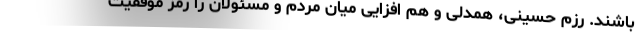
باشند. رزم حسینی، همدلی و هم افزایی میان مردم و مسئولان را رمز موفقیت